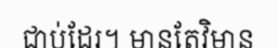
ជាប់ដែរ។ មានតែវិមាន